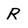
Character: R